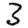
Digit: 3